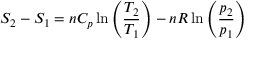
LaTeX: S _ { 2 } - S _ { 1 } = n C _ { p } \ln \left( { \frac { T _ { 2 } } { T _ { 1 } } } \right) - n R \ln \left( { \frac { p _ { 2 } } { p _ { 1 } } } \right)